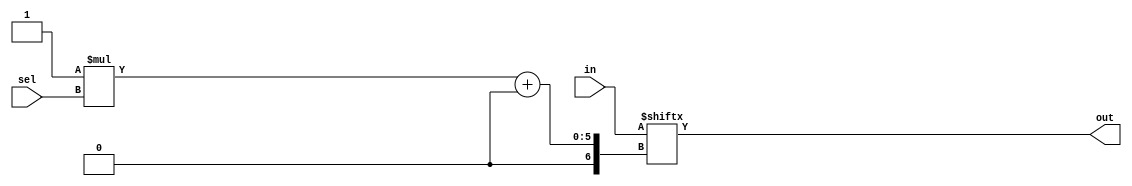
`timescale 1ns / 1ps
///////////////////////////////////////////////////////////////////////////////////////
//John Wright & Danny Peters
//University of Kentucky
//EE480 Spring 2011
//DV Final Project
//
//MUX_mxn.v
//
//A parameterized multiplexer.
//
///////////////////////////////////////////////////////////////////////////////////////
module MUX_mxn(in, sel, out);
    parameter s_lines = 4;  //number of select lines (total input vectors = 2**m)
    parameter d_width = 1;  //input vector bus width
    input [d_width * (2**s_lines) - 1 : 0] in;  //input vectors
    input [s_lines - 1 : 0] sel;                //select lines
    output reg [d_width - 1 : 0] out;           //output vector
    integer i,j;
    
    always@(in or sel)
    begin
        j = sel;
        for(i = 0; i < d_width; i = i + 1)
        begin
            out[i] = in[d_width * j + i];
        end
    end

endmodule